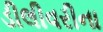
ડીલીવરીના